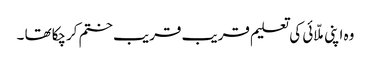
وہ اپنی ملّائی کی تعلیم قریب قریب ختم کرچکاتھا ۔